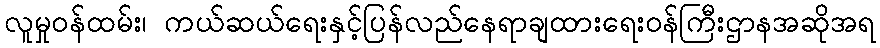
လူမှုဝန်ထမ်း၊ ကယ်ဆယ်ရေးနှင့်ပြန်လည်နေရာချထားရေးဝန်ကြီးဌာနအဆိုအရ